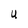
Character: U